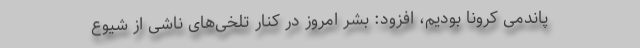
پاندمی کرونا بودیم، افزود: بشر امروز در کنار تلخی‌های ناشی از شیوع